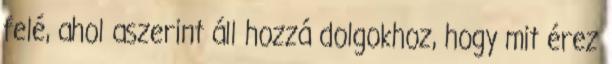
felé, ahol aszerint áll hozzá dolgokhoz, hogy mit érez